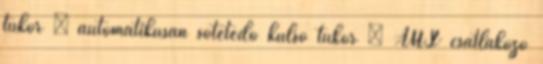
tükör – automatikusan sötétedő külső tükör – AUX csatlakozó